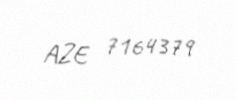
AZE 7164379